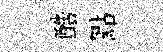
酷點